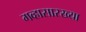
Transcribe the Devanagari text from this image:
गव्हासारख्या